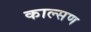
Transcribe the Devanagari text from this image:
काल्सण